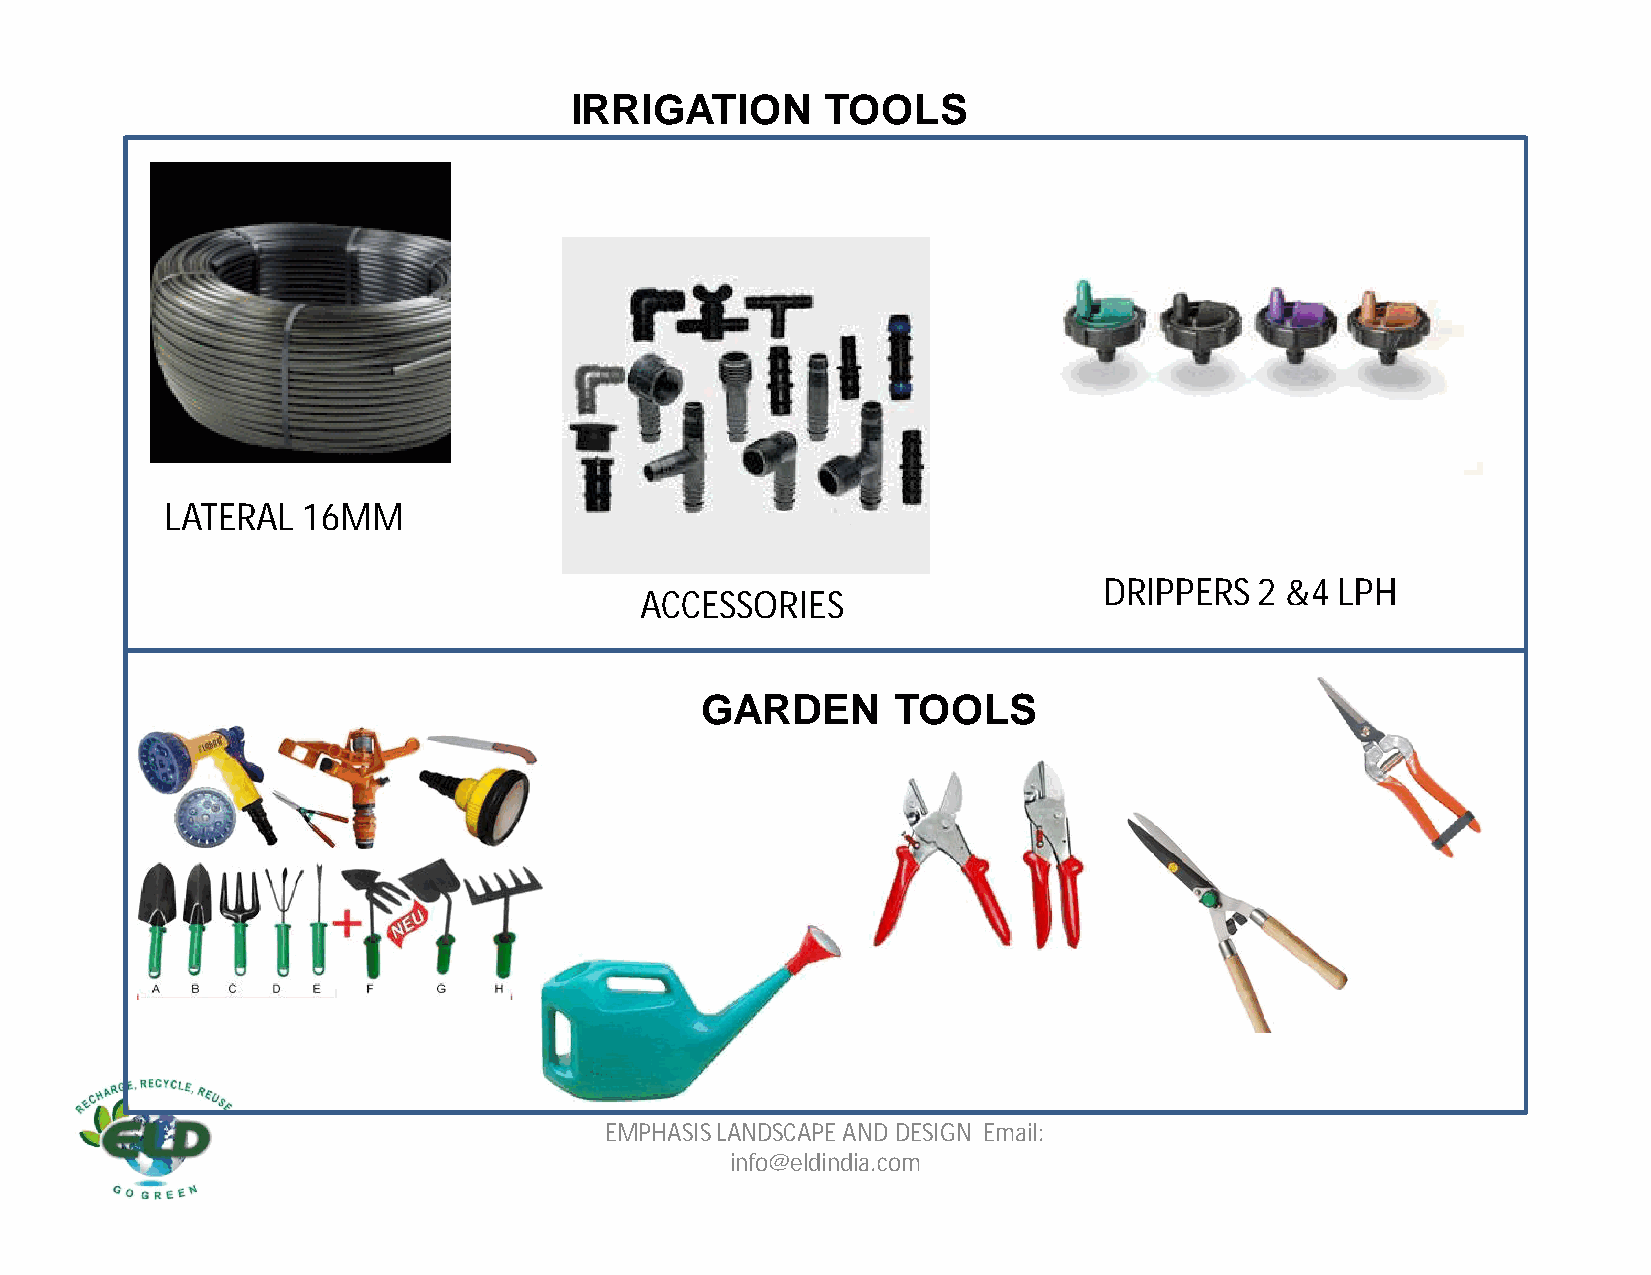
IRRIGATION       TOOLS
 LATERAL  16MM
 DRIPPERS  2 &4  LPH
 ACCESSORIES
 GARDEN       TOOLS
 EMPHASIS LANDSCAPE AND DESIGN Email:
 info@eldindia.com